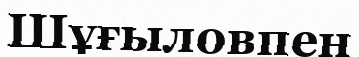
Шұғыловпен